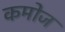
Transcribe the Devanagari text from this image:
कमोज